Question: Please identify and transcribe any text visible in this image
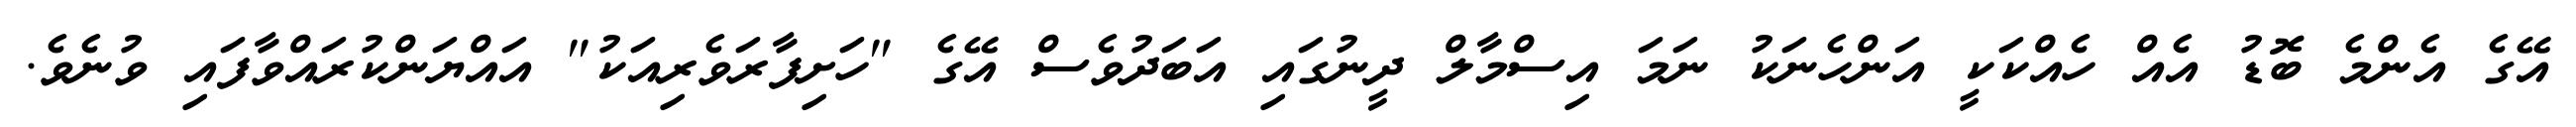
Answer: އޭގެ އެންމެ ބޮޑު އެއް ހެއްކަކީ އަންހެނަކު ނަމަ އިސްމާލް ދީނުގައި އަބަދުވެސް އޭގެ "ހަށިފާރަވެރިއަކު" އައްޔަންކުރައްވާފައި ވުނެވެ.